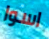
اسوا